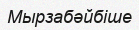
Мырзабәйбіше